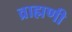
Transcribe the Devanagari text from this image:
व्राह्मणी